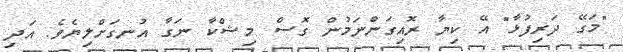
"މަގޭ ދަރިފުޅާ" އޭ ކިޔާ ރޮއިގަންނަމުން ގޮސް މިޝްކާ ނަގާ އުނގަށްލިޔެވެ. އަދި